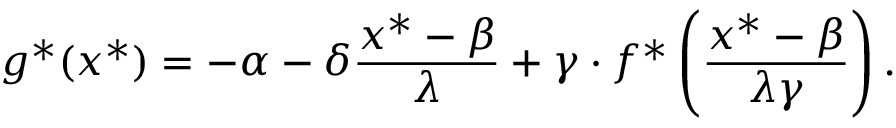
g ^ { * } ( x ^ { * } ) = - \alpha - \delta { \frac { x ^ { * } - \beta } { \lambda } } + \gamma \cdot f ^ { * } \left( { \frac { x ^ { * } - \beta } { \lambda \gamma } } \right) .